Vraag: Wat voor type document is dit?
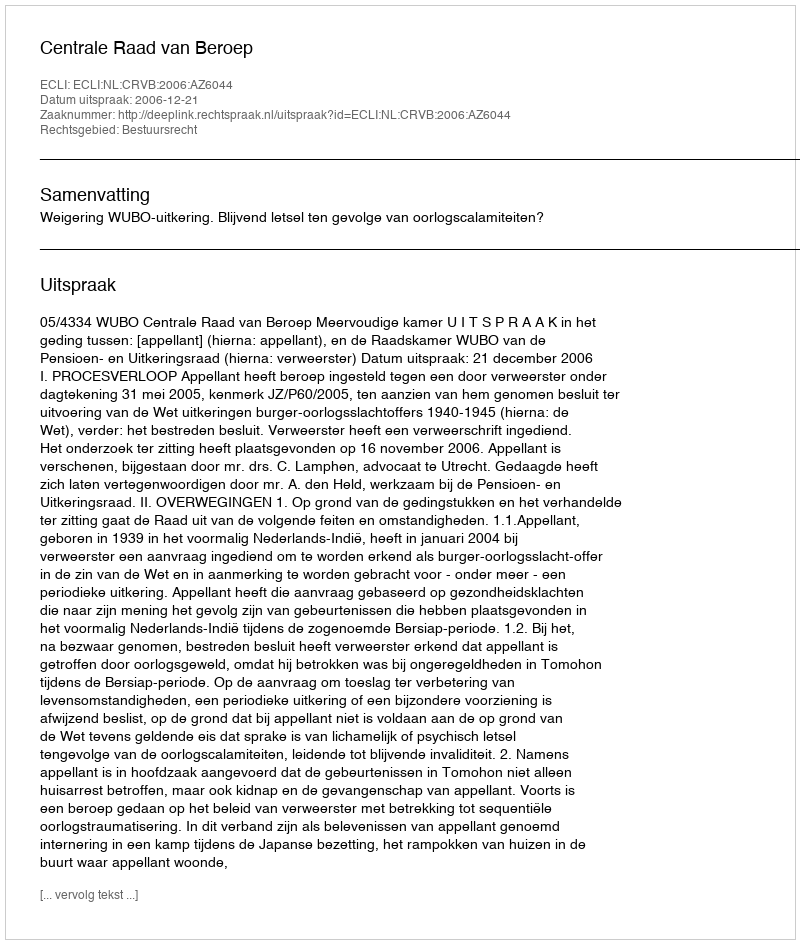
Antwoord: Uitspraak